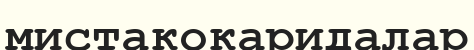
мистакокаридалар